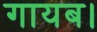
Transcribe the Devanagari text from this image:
गायब।